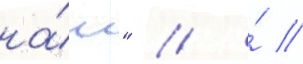
на́ш" // ́ //